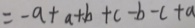
= - a + a + b + c - b - c + a